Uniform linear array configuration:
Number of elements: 32
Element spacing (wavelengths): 0.75
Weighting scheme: uniform
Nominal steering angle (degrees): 15
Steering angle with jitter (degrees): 15.35
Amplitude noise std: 0.05
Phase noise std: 0.05

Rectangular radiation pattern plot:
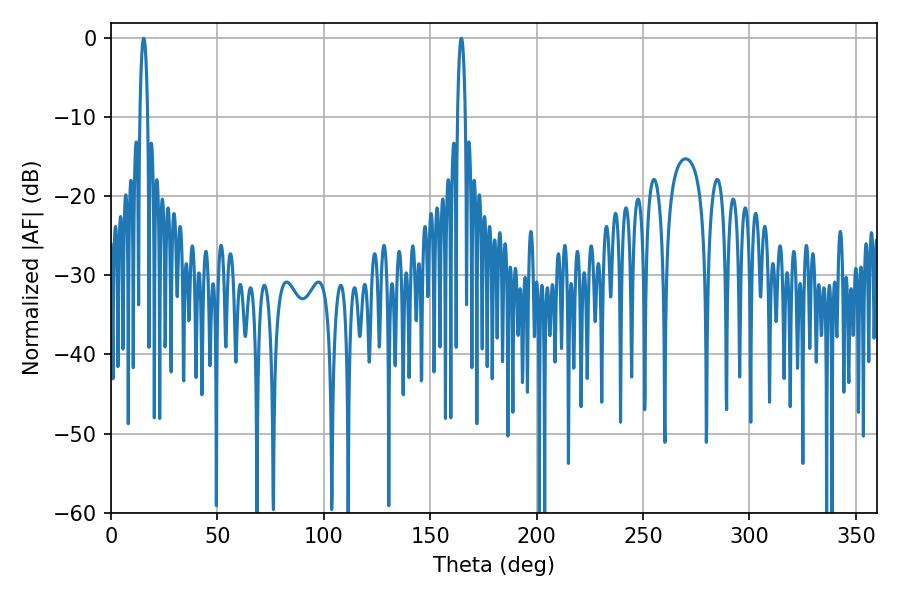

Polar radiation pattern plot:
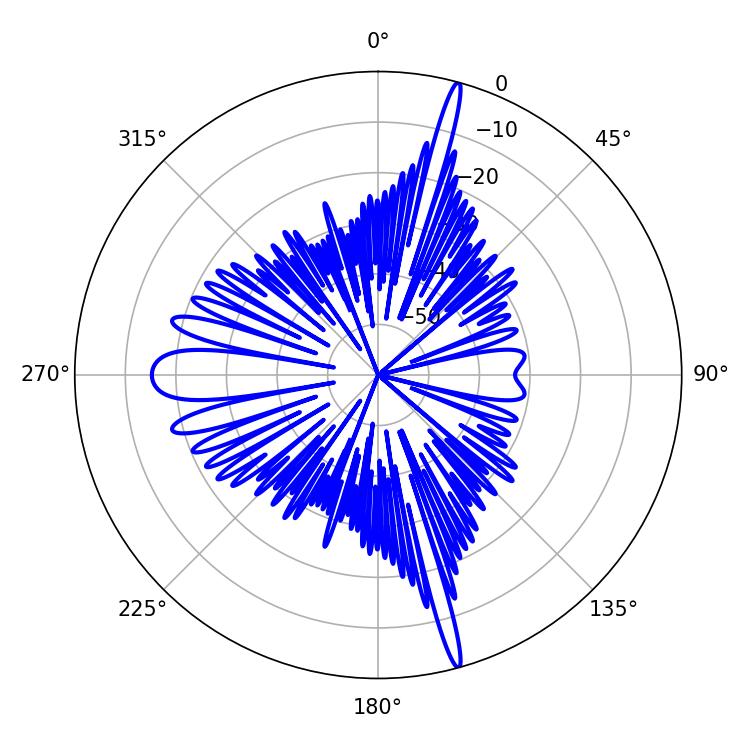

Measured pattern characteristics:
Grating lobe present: TRUE
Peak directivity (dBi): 21.929
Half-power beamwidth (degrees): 1.98
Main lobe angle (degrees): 15.3